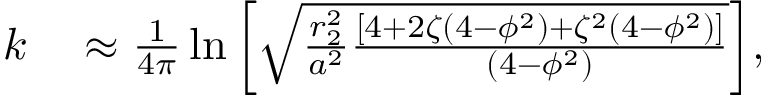
\begin{array} { r l } { k } & { { } \approx \frac { 1 } { 4 \pi } \ln { \left[ \sqrt { \frac { r _ { 2 } ^ { 2 } } { a ^ { 2 } } \frac { \left[ 4 + 2 \zeta \left( 4 - \phi ^ { 2 } \right) + \zeta ^ { 2 } \left( 4 - \phi ^ { 2 } \right) \right] } { \left( 4 - \phi ^ { 2 } \right) } } \right] } , } \end{array}